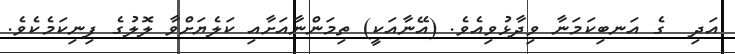
އަދި  ގެ އަނބިކަމަނާ ވިދާޅުވިއެވެ. (އޭނާއަކީ) ތިމަންނާއަށާއި ކަލެޔަށްވާ ލޮލުގެ ފިނިކަމެކެވެ.